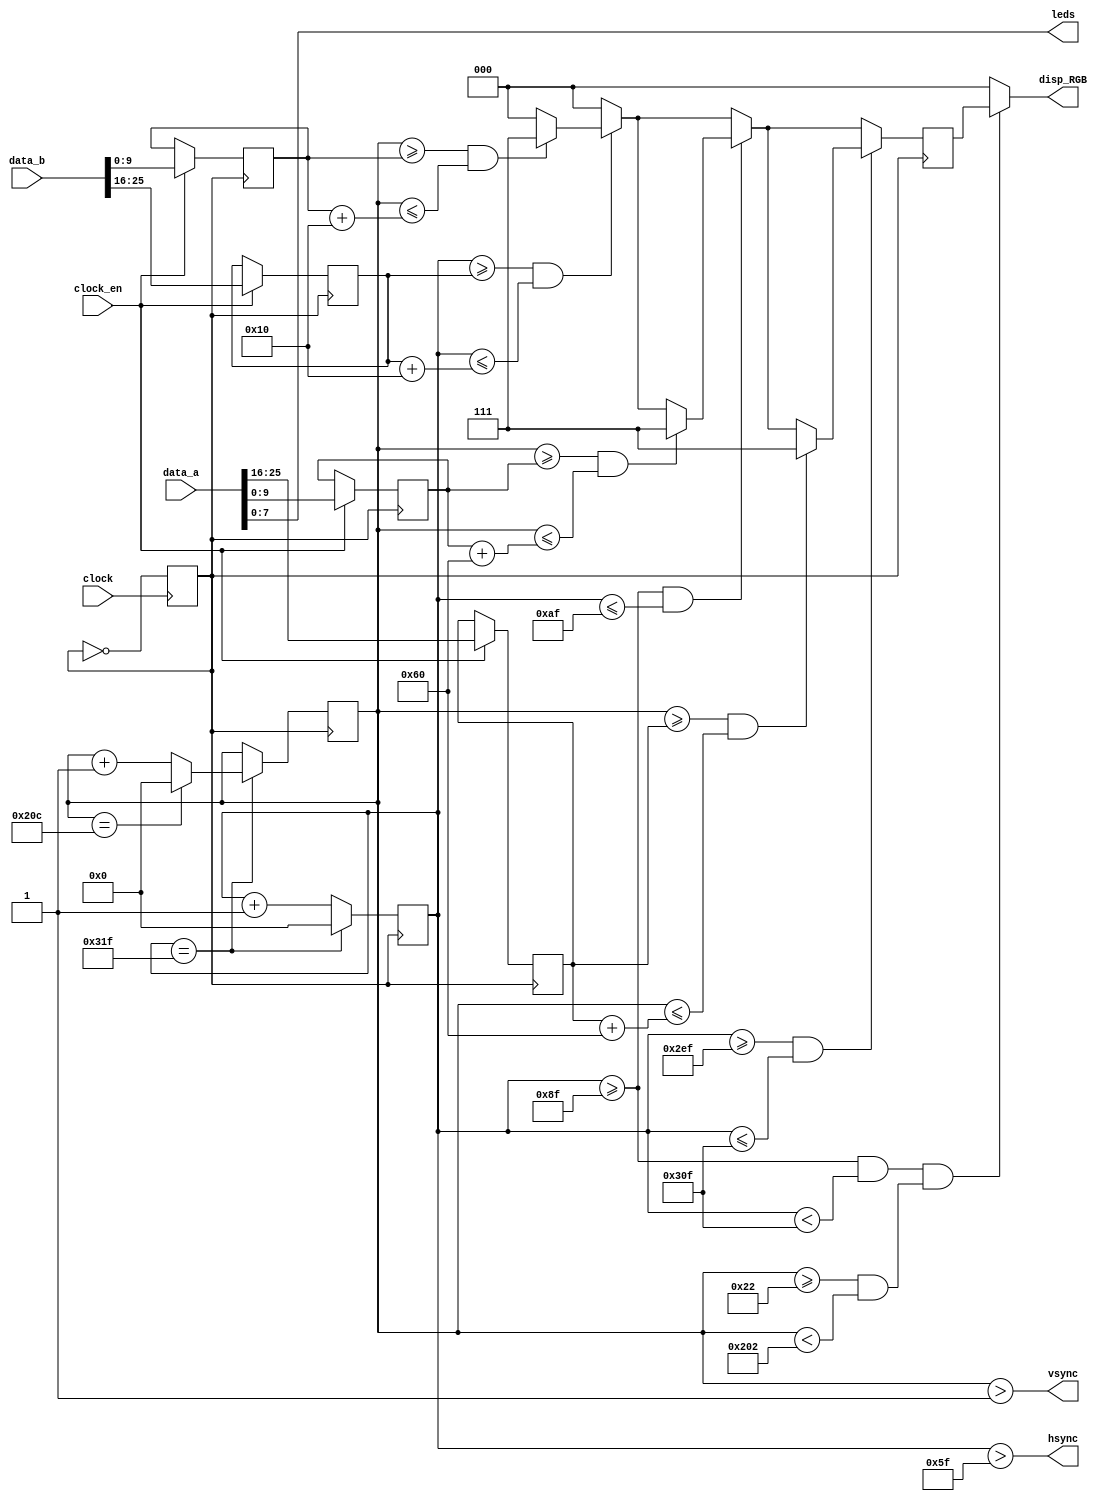
module vga_ic(
	data_a,
	data_b,
	clock_en,
   clock,
   disp_RGB,
   hsync,
   vsync,
	leds
);
input [31:0] data_a;
input [31:0] data_b;
input  clock;
input clock_en;
output [2:0]disp_RGB;
output  hsync;
output  vsync;
output [7:0]leds;

reg [9:0] hcount;
reg [9:0] vcount;
reg [2:0] data;
reg [9:0] pad_y_1_begin = 10'd34;
reg [9:0] pad_y_2_begin = 10'd34;
reg [9:0] bola_x_begin = 10'd455;
reg [9:0] bola_y_begin = 10'd266;


reg   flag;
wire  hcount_ov;
wire  vcount_ov;
wire  dat_act;
wire  hsync;
wire   vsync;
reg  vga_clk;


parameter hsync_end   = 10'd95,
   hdat_begin  = 10'd143,
   hdat_end  = 10'd783,
   hpixel_end  = 10'd799,
   vsync_end  = 10'd1,
   vdat_begin  = 10'd34,
   vdat_end  = 10'd514,
   vline_end  = 10'd524;
	
always @(posedge clock)
begin
 vga_clk = ~vga_clk;
end

always @(posedge vga_clk)
begin
 if (hcount_ov)
  hcount <= 10'd0;
 else
  hcount <= hcount + 10'd1;
end
assign hcount_ov = (hcount == hpixel_end);


always @(posedge vga_clk)
begin
 if (hcount_ov)
 begin
  if (vcount_ov)
   vcount <= 10'd0;
  else
   vcount <= vcount + 10'd1;
 end
end
assign  vcount_ov = (vcount == vline_end);

assign dat_act =    ((hcount >= hdat_begin) && (hcount < hdat_end))
     && ((vcount >= vdat_begin) && (vcount < vdat_end));
assign hsync = (hcount > hsync_end);
assign vsync = (vcount > vsync_end);
assign disp_RGB = (dat_act) ?  data : 3'h00;
assign leds = data_a[7:0];

always @(posedge vga_clk)
begin
	if(clock_en) begin
	pad_y_1_begin <= data_a[9:0];
	pad_y_2_begin <= data_a[25:16];
	bola_x_begin <= data_b[25:16];
	bola_y_begin <= data_b[9:0];
	end

	data <=3'h00;
	if(hcount >= bola_x_begin && hcount <= (bola_x_begin + 10'd16))
	begin
		if(vcount >= bola_y_begin && vcount <= (bola_y_begin+10'd16))
		begin
			data <= 3'h07;
		end
	end 
	if(hcount >= 143 && hcount <= 175)
	begin
		if(vcount >= pad_y_1_begin && vcount <= (pad_y_1_begin +10'd96))
		begin
			data <= 3'h07;
		end
	end
	if(hcount >= 751 && hcount <= 783)
	begin
		if(vcount >= pad_y_2_begin && vcount <= (pad_y_2_begin +10'd96))
		begin
			data <= 3'h07;
		end
	end
end
	
	

endmodule